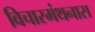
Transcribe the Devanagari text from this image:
विचारमंथनास